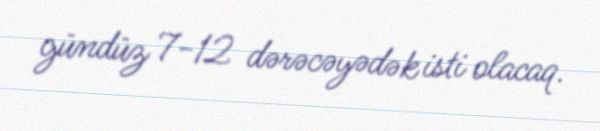
gündüz 7-12 dərəcəyədək isti olacaq.